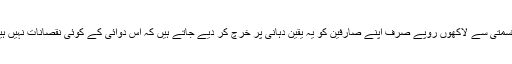
بدقسمتی سے لاکھوں روپے صرف اپنے صارفین کو یہ یقین دہانی پر خرچ کر دیے جاتے ہیں کہ اس دوائی کے کوئی نقصانات نہیں ہیں۔